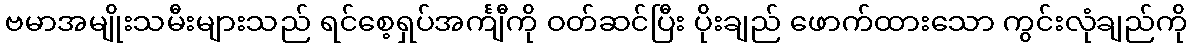
ဗမာအမျိုးသမီးများသည် ရင်စေ့ရှပ်အင်္ကျီကို ဝတ်ဆင်ပြီး ပိုးချည် ဖောက်ထားသော ကွင်းလုံချည်ကို